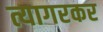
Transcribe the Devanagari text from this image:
त्यागरकर